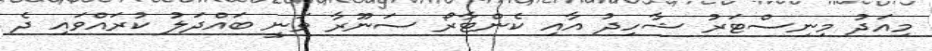
މިއަދު މިނިސްޓަރު ޝާހިދު އާއި ކެންޓާރޯ ސަނޫރާ ވަނީ ބައްދަލު ކުރައްވައި ދެ